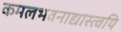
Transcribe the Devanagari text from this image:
कमलभवनाद्यास्त्वयि